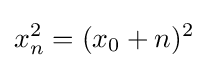
x_{n}^{2}=(x_{0}+n)^{2}